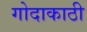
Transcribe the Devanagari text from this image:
गोदाकाठी